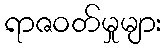
ရာဇဝတ်မှုများ